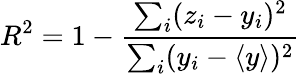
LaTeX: R^{2}=1-\frac{\sum_{i}(z_{i}-y_{i})^{2}}{\sum_{i}(y_{i}-\langle y\rangle)^{2}}